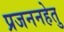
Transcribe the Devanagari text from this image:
प्रजननहेतु